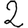
Digit: 2